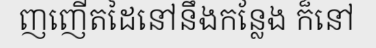
ញញើតដៃនៅនឹងកន្លែង ក៏នៅ